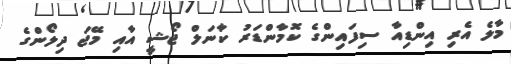
މާލެ އެރި އިންޑިއާ ސިފައިންގެ ކޮމާންޑަރު ކާނަލް ޖޯޝީ އާއި މޭޖަ ދިލޯންގެ